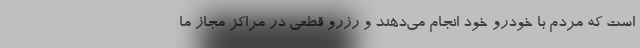
است که مردم با خودرو خود انجام می‌دهند و رزرو قطعی در مراکز مجاز ما